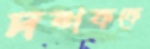
দশককে